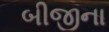
બીજીના